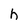
Character: h